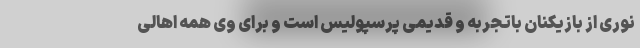
نوری از بازیکنان باتجربه و قدیمی پرسپولیس است و برای وی همه اهالی